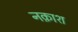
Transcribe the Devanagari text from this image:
नक़ाश